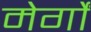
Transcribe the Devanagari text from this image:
मेर्गों